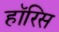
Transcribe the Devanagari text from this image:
हॉरिस